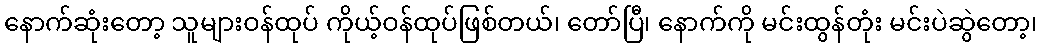
နောက်ဆုံးတော့ သူများဝန်ထုပ် ကိုယ့်ဝန်ထုပ်ဖြစ်တယ်၊ တော်ပြီ၊ နောက်ကို မင်းထွန်တုံး မင်းပဲဆွဲတော့၊